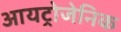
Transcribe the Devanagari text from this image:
आयट्रोजेनिक